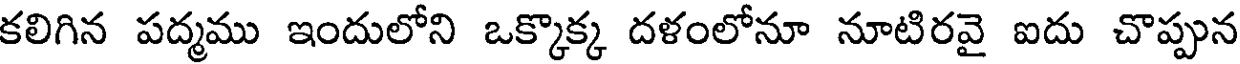
కలిగిన పద్మము ఇందులోని ఒక్కొక్క దళంలోనూ నూటిరవై ఐదు చొప్పున